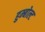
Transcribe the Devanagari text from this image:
हुम्बोल्ट